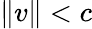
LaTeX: \| v\| <c